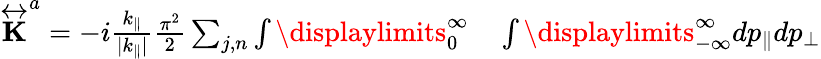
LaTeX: \begin{array}{rl}{\overleftrightarrow{\mathbf{K}}^{a}=-i\frac{k_{\parallel}}{|k_{\parallel}|}\frac{\pi^{2}}{2}\sum_{j,n}\int\displaylimits_{0}^{\infty}}&{{}\int\displaylimits_{-\infty}^{\infty}dp_{\parallel}dp_{\perp}}\end{array}